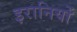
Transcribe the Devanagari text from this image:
इरानियों